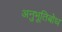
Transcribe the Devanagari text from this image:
अनुभूतिबोध